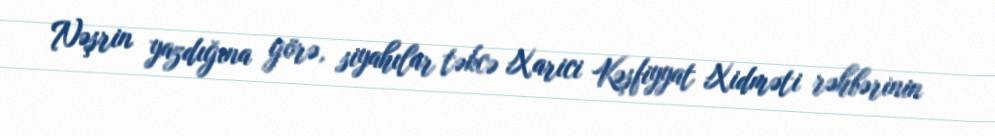
Nəşrin yazdığına görə, siyahılar təkcə Xarici Kəşfiyyat Xidməti rəhbərinin